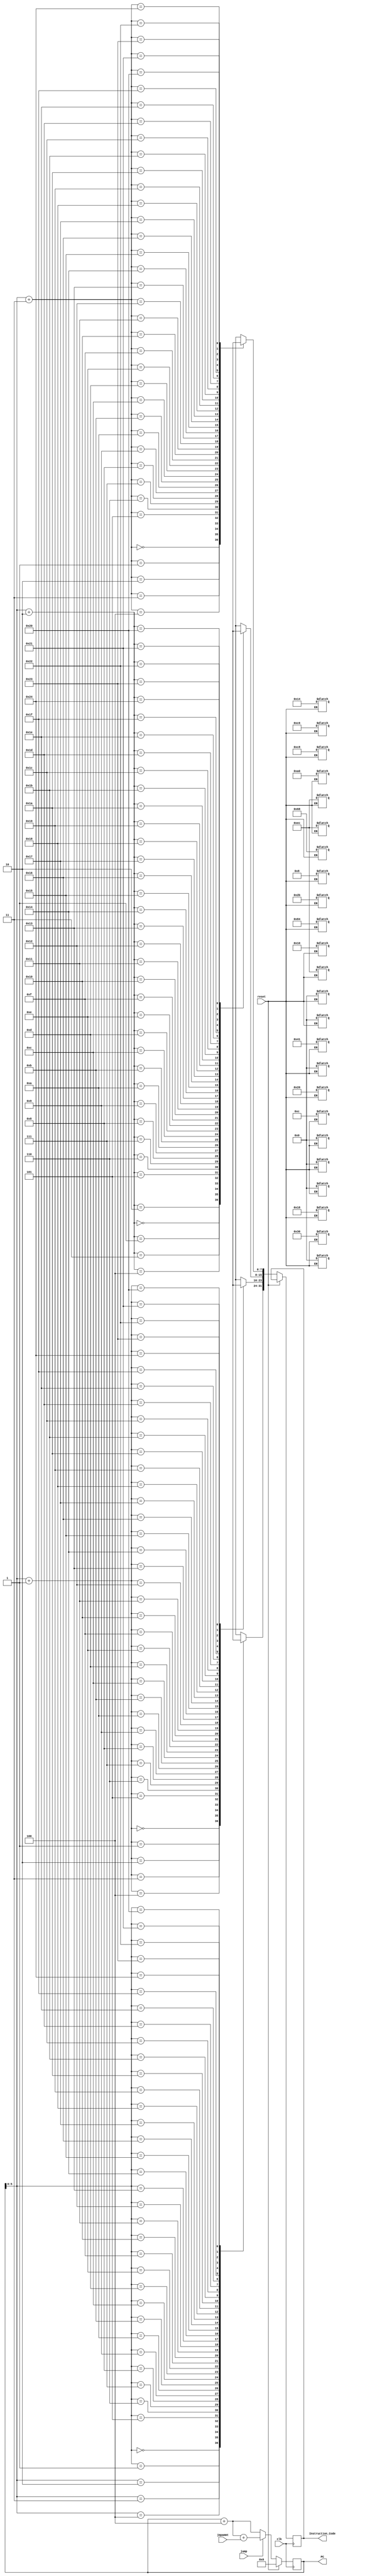
module Instruction_Memory (
	output reg [31:0]PC,
	input clk,
	input reset,
	input [31:0]jmpammt,
	input jump,
	output reg [31:0]Instruction_Code
	);	
reg [7:0]Mem[36:0];  
always @(reset) 
begin
	if(reset == 1)  // if reset is not zero the data is not specified and depends on what is receved from the 
	begin           // from the decoder
		Mem[0] =  8'b10100000 ;Mem[1] = 8'b00101011;Mem[2] =  8'b00000000;Mem[3] =  8'b00001100;
		Mem[4] =  8'b11101100 ;Mem[5] = 8'b01101000;Mem[6] =  8'b00010000;Mem[7] =  8'b00000000;
		Mem[8] =  8'b11001000 ;Mem[9] = 8'b01000001;Mem[10] = 8'b00011000;Mem[11] = 8'b00000000; 
		Mem[12] = 8'b00001000;Mem[13] = 8'b00000000;Mem[14] = 8'b00000000;Mem[15] = 8'b00010100;
		Mem[16] = 8'b11101100;Mem[17] = 8'b11000110;Mem[18] = 8'b00110000;Mem[19] = 8'b00000000;
		Mem[20] = 8'b11101100;Mem[21] = 8'b10000100;Mem[22] = 8'b00100000;Mem[23] = 8'b00000000;
	end
end
always @(posedge clk)
begin
	if(reset)
	PC<=0;
	else
	begin
		if(jump)
		PC<=PC+4+jmpammt;
		else
		PC<=PC+4;
		Instruction_Code = { Mem[PC], Mem[PC+1], Mem[PC+2], Mem[PC+3] };
	
	
	end
end
endmodule